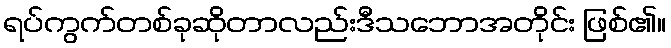
ရပ်ကွက်တစ်ခုဆိုတာလည်းဒီသဘောအတိုင်း ဖြစ်၏။